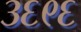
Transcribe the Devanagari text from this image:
३६९६